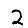
Digit: 2